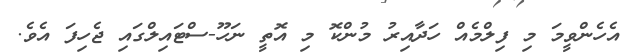
އެހެންވީމަ މި ފިލްމެއް ހަދާއިރު މުންކޮ މި އޮތީ ނަހޫ-ސްޓައިލްގައި ޖެހިފަ އެވެ.